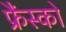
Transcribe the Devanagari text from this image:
फ्रैंस्को